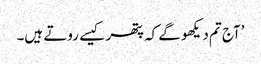
’آج تم دیکھو گے کہ پتھر کیسے روتے ہیں۔